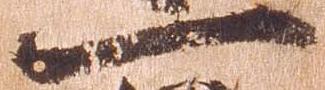
一